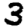
Digit: 3